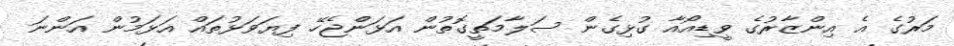
މަރުގެ އެ އިންޒާރުގެ ވީޑިއޯއާ ގުޅިގެން ސަލާމަތީގޮތުން އަޅަންޖެހޭ ފިޔަވަޅުތައް އަޅަމުން އަންނަ